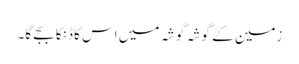
زمین کے گوشہ گوشہ میں اس کا ڈنکا بجے گا۔